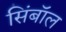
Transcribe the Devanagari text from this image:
सिंबॉल